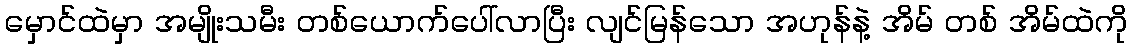
မှောင်ထဲမှာ အမျိုးသမီး တစ်ယောက်ပေါ်လာပြီး လျင်မြန်သော အဟုန်နဲ့ အိမ် တစ် အိမ်ထဲကို